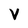
Character: V